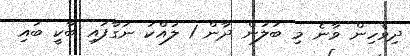
ދިވެހިން ވާނެ މި ބަލަން ދާން 1 ލައްކަ ނަގާފައި ބާކީ ބައި